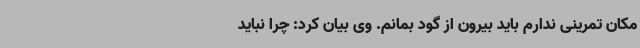
مکان تمرینی ندارم باید بیرون از گود بمانم. وی بیان کرد: چرا نباید